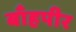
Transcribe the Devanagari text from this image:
बाँहपीर